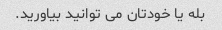
بله یا خودتان می توانید بیاورید.